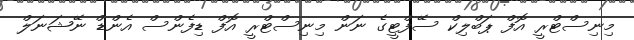
މިނިސްޓްރީ އޮފް ޕަބްލިކް ސޭފްޓީގެ ނަން މިނިސްޓްރީ އޮފް ޑިފެންސް އެންޑް ނޭޝަނަލް